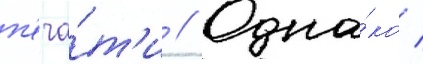
п'еча́т'и // Одна́ко /